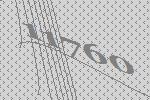
11760